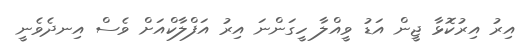
އިރު އިރުކޮޅާ ޖީން އަޑު ވީއްލާ ހީގަންނަ އިރު އަފްލާކްއަށް ވެސް އިނދެވެނީ